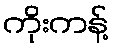
ကိုးကန့်